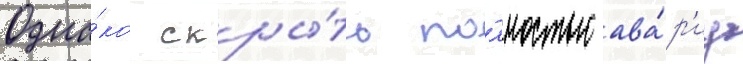
Одна́ко скры́ть по́лностью ава́р'иу